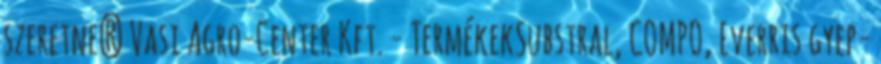
szeretne? Vasi Agro-Center Kft. - TermékekSubstral, COMPO, Everris gyep-